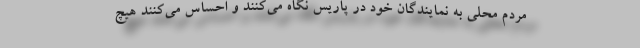
مردم محلی به نمایندگان خود در پاریس نگاه می‌کنند و احساس می‌کنند هیچ